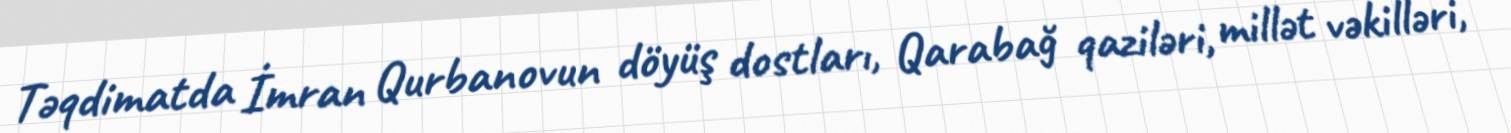
Təqdimatda İmran Qurbanovun döyüş dostları, Qarabağ qaziləri, millət vəkilləri,